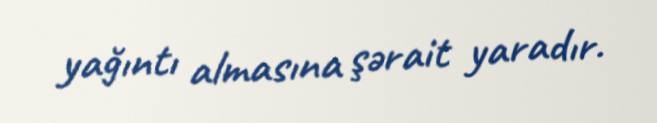
yağıntı almasına şərait yaradır.